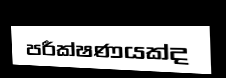
පරීක්ෂණයක්ද